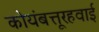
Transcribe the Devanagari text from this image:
कोयंबत्तूरहवाई